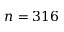
n = 3 1 6